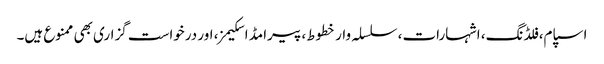
اسپام، فلڈنگ، اشہارات، سلسلہ وار خطوط، پیرامڈ اسکیمز، اور درخواست گزاری بھی ممنوع ہیں۔